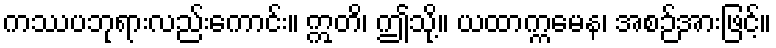
ကဿပဘုရားလည်းကောင်း။ ဣတိ၊ ဤသို့။ ယထာက္ကမေန၊ အစဉ်အားဖြင့်။